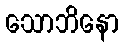
သောဘိနော